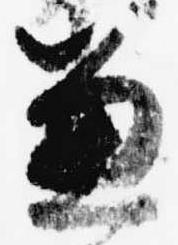
兼